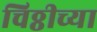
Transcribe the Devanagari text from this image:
चिठ्ठीच्या